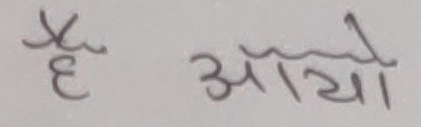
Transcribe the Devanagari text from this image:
है आयो